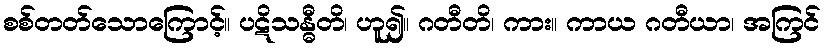
စစ်တတ်သောကြောင့်။ ပဋိသန္ဓီတိ၊ ဟူ၍။ ဂတီတိ၊ ကား။ ကာယ ဂတီယာ၊ အကြင်